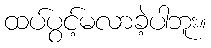
ထပ်ပွင့်မလာခဲ့ပါဘူး။